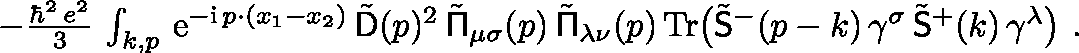
\begin{array} { r } { - \frac { \hbar ^ { 2 } \, e ^ { 2 } } 3 \, \int _ { k , p } \, { \mathrm { e } } ^ { - { \mathrm { i } } \, p \cdot ( x _ { 1 } - x _ { 2 } ) } \, \tilde { \mathsf { D } } ( p ) ^ { 2 } \, \tilde { \mathsf { \Pi } } _ { \mu \sigma } ( p ) \, \tilde { \mathsf { \Pi } } _ { \lambda \nu } ( p ) \, \mathrm { T r } \big ( \tilde { \mathsf { S } } ^ { - } ( p - k ) \, \gamma ^ { \sigma } \, \tilde { \mathsf { S } } ^ { + } ( k ) \, \gamma ^ { \lambda } \big ) \ . } \end{array}